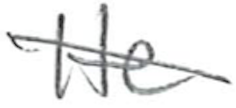
Text: He
Cross-out: diagonal
Writing tool: pencil